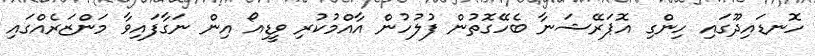
ހޮނޑައިދޫގައި ހިންގި އޮޕަރޭޝަނާ ބެހޭގޮތުން ފުލުހުން އާއްމުކުރި ވީޑިއޯ އިން ނަގާފައިވާ މަންޒަރެއްގައި